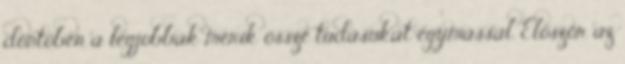
döntőben a legjobbak mérik össze tudásukat egymással. Először az